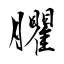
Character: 臞